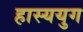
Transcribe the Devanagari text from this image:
हास्ययुग